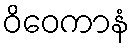
ဝိဝေကာနံ